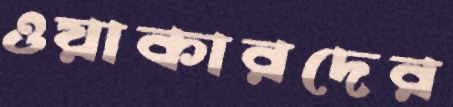
ওয়াকারদের